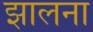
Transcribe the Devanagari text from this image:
झालना